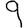
Digit: 9